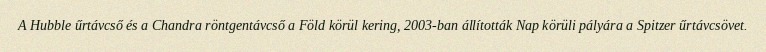
A Hubble űrtávcső és a Chandra röntgentávcső a Föld körül kering, 2003-ban állították Nap körüli pályára a Spitzer űrtávcsövet.